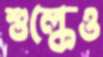
শুল্কেও